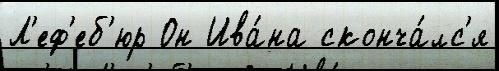
Л'еф'еб'юр Он Ива́на сконча́лс'я